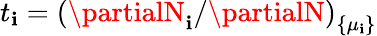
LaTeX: t_{\mathbf{i}}=\left(\partialN_{\mathbf{i}}/\partialN\right)_{\{ \mu_{\mathbf{i}}\} }